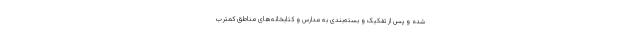
شده و پس از تفکیک و بسته‌بندی به مدارس و کتابخانه‌های مناطق کمترب